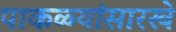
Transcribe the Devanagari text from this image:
पाकळ्यांसारखे